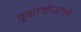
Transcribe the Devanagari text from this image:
वृक्षाशेजारी